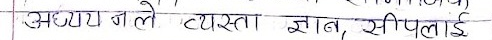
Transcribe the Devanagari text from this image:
अध्ययनले व्यस्त ज्ञान, सीपलाई